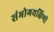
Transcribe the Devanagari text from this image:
संभोगयक्षिणी